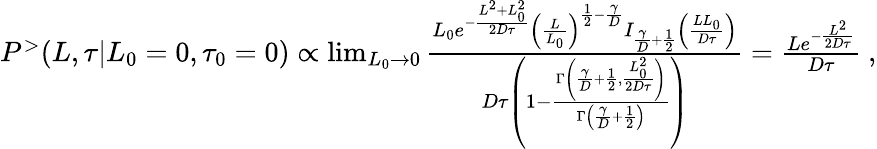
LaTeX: \begin{array}{r}{P^{>}(L,\tau|L_{0}=0,\tau_{0}=0)\propto\operatorname*{lim}_{L_{0}\to 0}\frac{L_{0}e^{-\frac{L^{2}+L_{0}^{2}}{2D\tau}}\left(\frac{L}{L_{0}}\right)^{\frac{1}{2}-\frac{\gamma}{D}}I_{\frac{\gamma}{D}+\frac{1}{2}}\left(\frac{LL_{0}}{D\tau}\right)}{D\tau\left(1-\frac{\Gamma\left(\frac{\gamma}{D}+\frac{1}{2},\frac{L_{0}^{2}}{2D\tau}\right)}{\Gamma\left(\frac{\gamma}{D}+\frac{1}{2}\right)}\right)}=\frac{Le^{-\frac{L^{2}}{2D\tau}}}{D\tau}\ ,}\end{array}